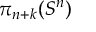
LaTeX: \pi _ { n + k } ( S ^ { n } )